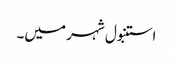
استنبول شہر میں۔